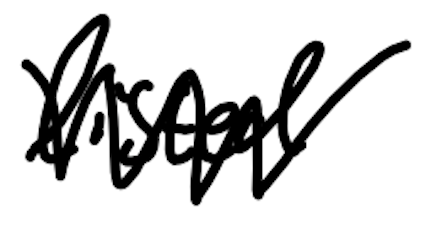
Text: listed
Cross-out: zig-zag
Writing tool: digital_black